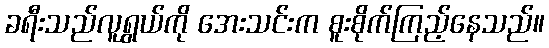
ခရီးသည်လူရွယ်ကို အေးသင်းက စူးစိုက်ကြည့်နေသည်။